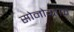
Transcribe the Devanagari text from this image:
सोनोग्राफ़